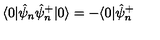
\langle 0 | \hat { \psi } _ { n } \hat { \psi } _ { n } ^ { + } | 0 \rangle = - \langle 0 | \hat { \psi } _ { n } ^ { + }